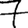
Digit: 7